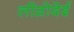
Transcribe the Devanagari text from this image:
लीव्रोदेई